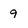
Character: 9